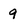
Character: 9